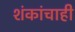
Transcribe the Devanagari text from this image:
शंकांचाही